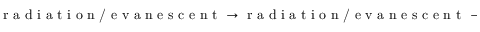
\textrm { r a d i a t i o n / e v a n e s c e n t } \rightarrow \textrm { r a d i a t i o n / e v a n e s c e n t } \rightarrow \textrm { H E } _ { 1 1 }